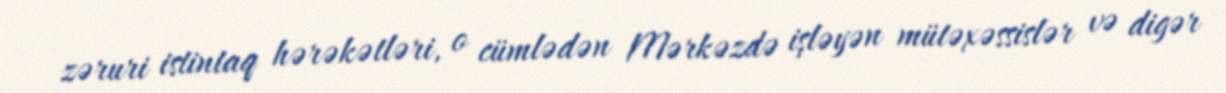
zəruri istintaq hərəkətləri, o cümlədən Mərkəzdə işləyən mütəxəssislər və digər